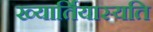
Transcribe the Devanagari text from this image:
ख्यार्तियास्यति